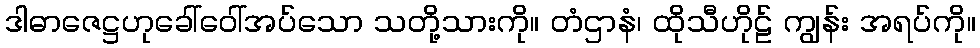
ဒါဓာဇေဋ္ဌဟုခေါ်ဝေါ်အပ်သော သတို့သားကို။ တံဌာနံ၊ ထိုသီဟိုဠ် ကျွန်း အရပ်ကို။